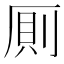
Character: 厠